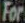
For